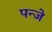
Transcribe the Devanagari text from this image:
पन्जे